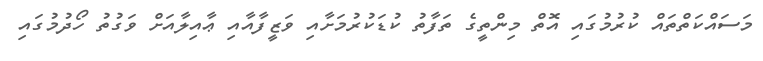
މަސައްކަތްތައް ކުރުމުގައި އޮތް މިންތީގެ ތަފާތު ކުޑަކުރުމަށާއި ވަޒީފާއާއި ޢާއިލާއަށް ވަގުތު ހޯދުމުގައި